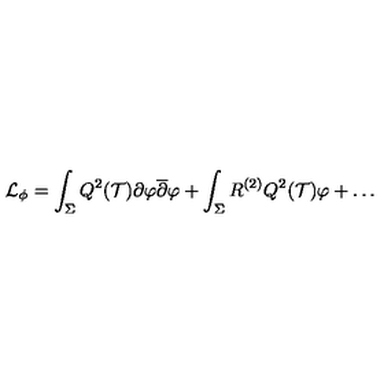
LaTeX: { \cal L } _ { \phi } = \int _ { \Sigma } Q ^ { 2 } ( { \cal T } ) \partial \varphi { \overline { \partial } \varphi } + \int _ { \Sigma } R ^ { ( 2 ) } Q ^ { 2 } ( { \cal T } ) \varphi + \dots